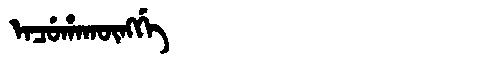
Manchu: ᡝᠨᠴᡠᡥᠠᡴᡡᠩᡤᡝ
Romanization: ENCUHAKŪNGGE